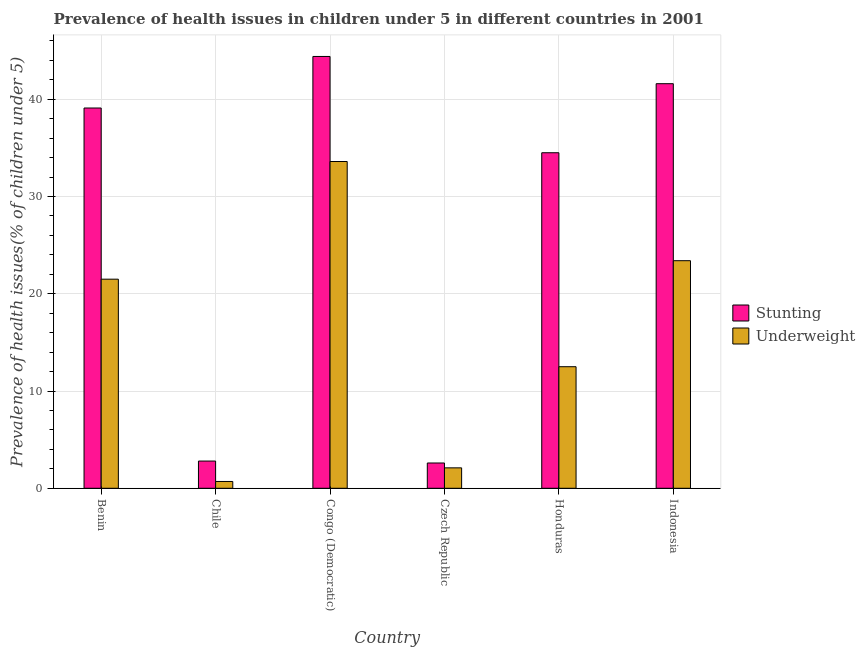
| Country | Stunting | Underweight |
 | --- | --- | --- |
 | Benin | 39.1 | 21.5 |
 | Chile | 2.8 | 0.7 |
 | Congo (Democratic) | 44.4 | 33.6 |
 | Czech Republic | 2.6 | 2.1 |
 | Honduras | 34.5 | 12.5 |
 | Indonesia | 41.6 | 23.4 |